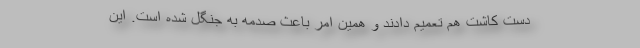
دست کاشت هم تعمیم دادند و همین امر باعث صدمه به جنگل شده است. این